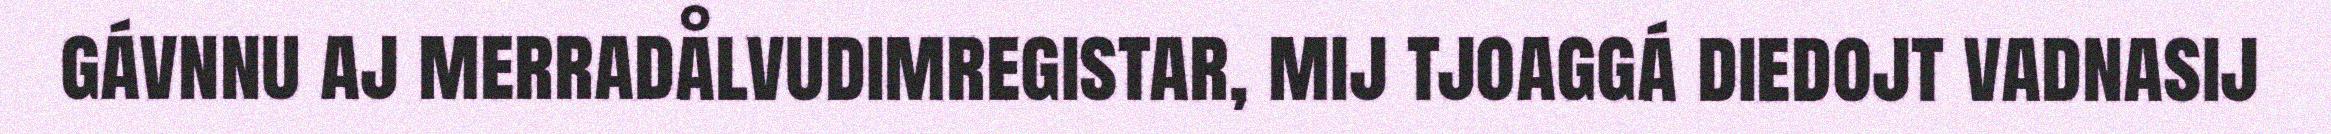
gávnnu aj merradålvudimregistar, mij tjoaggá diedojt vadnasij